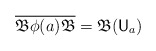
\begin{align*} \overline{\mathfrak B \phi(a) \mathfrak B} = \mathfrak B( \mathsf U_a) \end{align*}